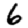
Digit: 6